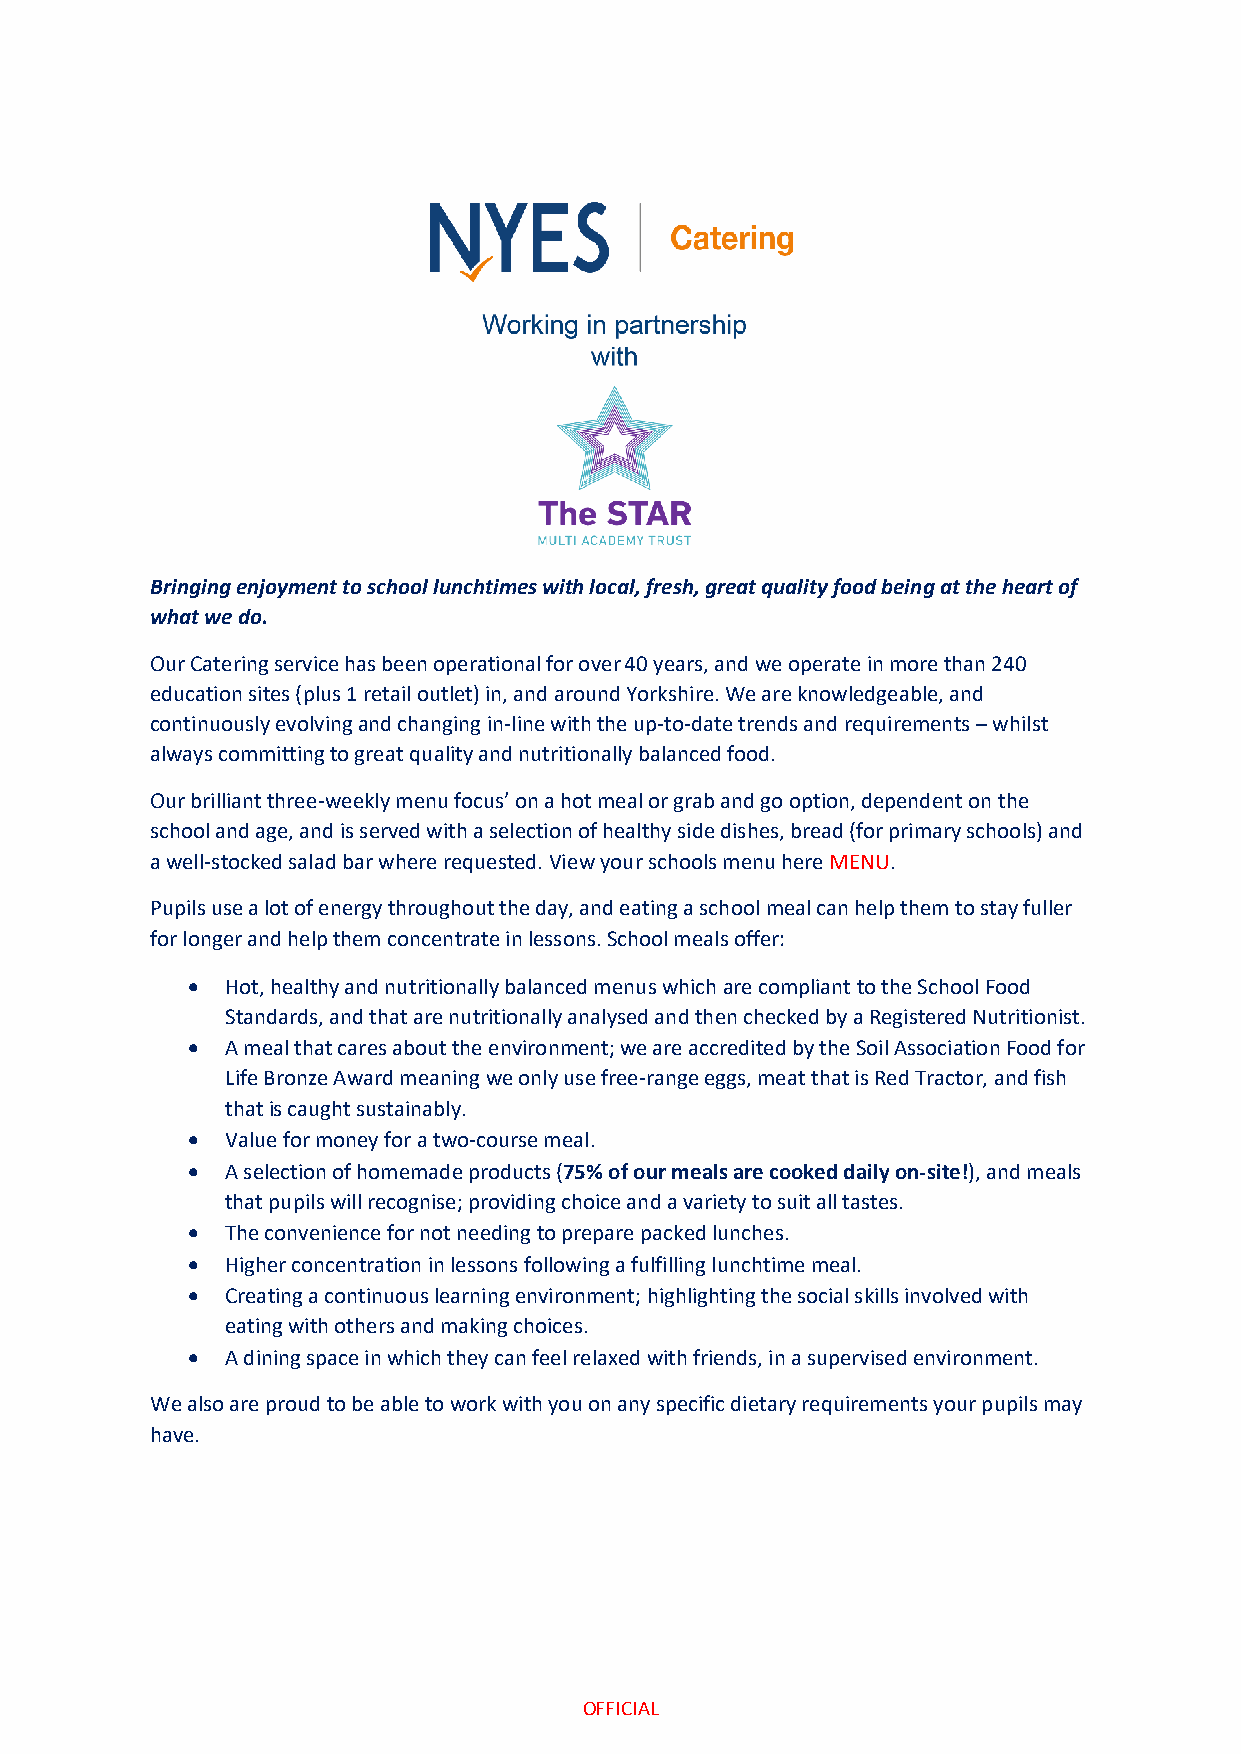
Bringing enjoyment to school lunchtimes with local, fresh, great quality food being at the heart of
 what we do.
 Our Catering service has been operational for over 40 years, and we operate in more than 240
 education sites (plus 1 retail outlet) in, and around Yorkshire. We are knowledgeable, and
 continuously evolving and changing in-line with the up-to-date trends and requirements – whilst
 always committing to great quality and nutritionally balanced food.
 Our brilliant three-weekly menu focus’ on a hot meal or grab and go option, dependent on the
 school and age, and is served with a selection of healthy side dishes, bread (for primary schools) and
 a well-stocked salad bar where requested. View your schools menu here MENU.
 Pupils use a lot of energy throughout the day, and eating a school meal can help them to stay fuller
 for longer and help them concentrate in lessons. School meals offer:
 •  Hot, healthy and nutritionally balanced menus which are compliant to the School Food
 Standards, and that are nutritionally analysed and then checked by a Registered Nutritionist.
 •  A meal that cares about the environment; we are accredited by the Soil Association Food for
 Life Bronze Award meaning we only use free-range eggs, meat that is Red Tractor, and fish
 that is caught sustainably.
 •  Value for money for a two-course meal.
 •  A selection of homemade products (75% of our meals are cooked daily on-site!), and meals
 that pupils will recognise; providing choice and a variety to suit all tastes.
 •  The convenience for not needing to prepare packed lunches.
 •  Higher concentration in lessons following a fulfilling lunchtime meal.
 •  Creating a continuous learning environment; highlighting the social skills involved with
 eating with others and making choices.
 •  A dining space in which they can feel relaxed with friends, in a supervised environment.
 We also are proud to be able to work with you on any specific dietary requirements your pupils may
 have.
 OFFICIAL